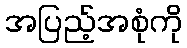
အပြည့်အစုံကို